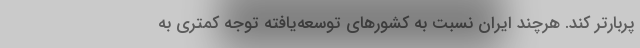
پربارتر کند. هرچند ایران نسبت به کشورهای توسعه‌یافته توجه کمتری به